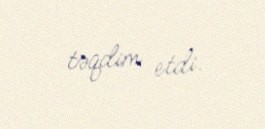
təqdim etdi.